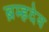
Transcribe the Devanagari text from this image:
ब्रम्हदेय